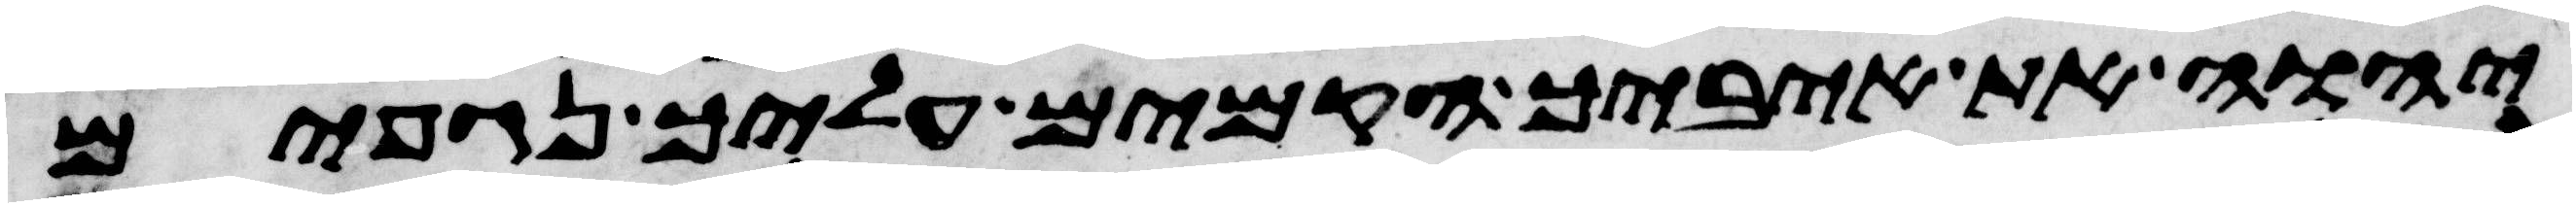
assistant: יהוה את איביך הקמים עליך נגפים